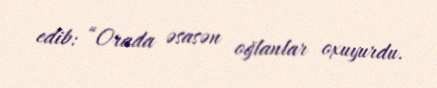
edib: “Orada əsasən oğlanlar oxuyurdu.